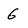
Character: 6